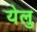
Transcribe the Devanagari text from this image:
येलु